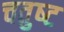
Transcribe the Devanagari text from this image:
चतुष्‍ट